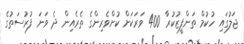
ޖަލުގައި ހުކުމް ތަންފީޒުކުރާ 400 ވަރަކަށް ކުށްވެރިންގެ ތެރެއިން ދެ ވަނަ ފުރުސަތުގެ